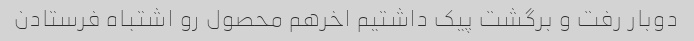
دوبار رفت و برگشت پیک داشتیم اخرهم محصول رو اشتباه فرستادن